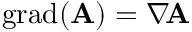
\operatorname { g r a d } ( \mathbf { A } ) = \nabla \! \mathbf { A }